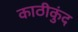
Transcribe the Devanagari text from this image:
काठीकुंद